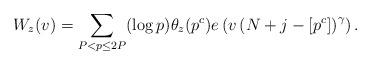
LaTeX: \begin{align*}W_{z}(v)=\sum_{P<p\leq 2P}(\log p)\theta_{z}(p^c)e\left(v\left(N+j-\left[p^{c}\right]\right)^{\gamma}\right).\end{align*}